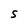
Character: S